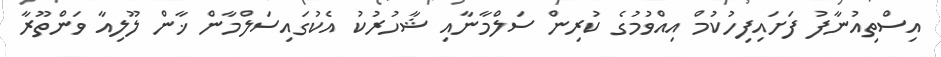
އިސްތިއުނާފު ފަށައިފިހުކުމް އިއްވުމުގެ ކުރިން ސަލްމާނާއި ޝާހުރުކު އެކުގައިސަލްމާން ޚާން ލޫލިއާ ވަންތޫރާ